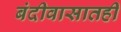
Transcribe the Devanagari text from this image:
बंदीवासातही